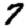
Digit: 7